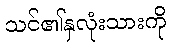
သင်၏နှလုံးသားကို